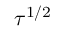
\tau ^ { 1 / 2 }